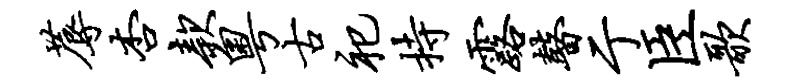
蓐杏款粤古祀持露瞽亍臣歌